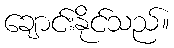
ချောင်းနိုင်သည်။